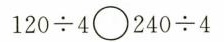
$$1 2 0 \div 4 \circ 2 4 0 \div 4$$